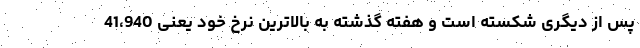
پس از دیگری شکسته است و هفته گذشته به بالاترین نرخ خود یعنی 41،940